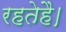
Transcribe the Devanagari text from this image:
रहतेहै।